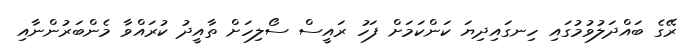
ރޭގެ ބައްދަލުވުމުގައި ހިނގައިދިޔަ ކަންކަމަށް ފަހު ރައީސް ސޯލިހަށް ތާއީދު ކުރައްވާ މެންބަރުންނާއި